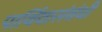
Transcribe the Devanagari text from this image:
पार्थिवासंबंधी